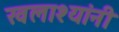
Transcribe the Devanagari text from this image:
खलाश्यांनी